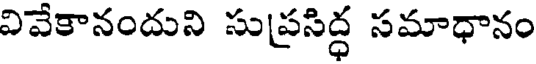
వివేకానందుని సుప్రసిద్ధ సమాధానం